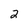
Character: 2